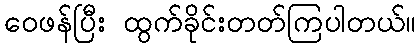
ဝေဖန်ပြီး ထွက်ခိုင်းတတ်ကြပါတယ်။